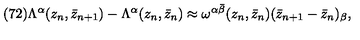
( 7 2 ) \Lambda ^ { \alpha } ( z _ { n } , \bar { z } _ { n + 1 } ) - \Lambda ^ { \alpha } ( z _ { n } , \bar { z } _ { n } ) \approx \omega ^ { \alpha \bar { \beta } } ( z _ { n } , \bar { z } _ { n } ) ( \bar { z } _ { n + 1 } - \bar { z } _ { n } ) _ { \beta } ,